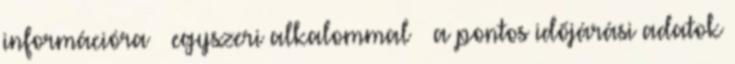
információra – egyszeri alkalommal – a pontos időjárási adatok